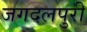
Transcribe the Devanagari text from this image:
जगदलपुरी